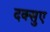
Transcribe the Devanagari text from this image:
दक्सुए